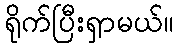
ရိုက်ပြီးရှာမယ်။